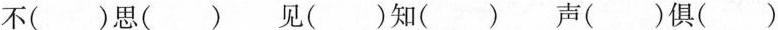
不( )思( ) 见( )知( ) 声( )俱( )